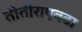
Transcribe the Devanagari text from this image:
तीतीराएवढा